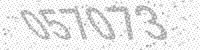
Solution: 057073